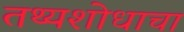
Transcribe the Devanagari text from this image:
तथ्यशोधाचा